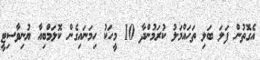
އެގޮތުން ފަލަ ބަލި ތަހައްމަލު ކުރަމުންދާ 10 މީހަކު ހިމަނައިގެން ކޮލަމްބިއާ ޔުނިވާސިޓީ